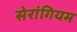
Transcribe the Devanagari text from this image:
सेरांगियम